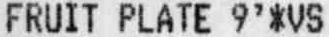
FRUIT PLATE 9'*VS